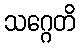
သဂ္ဂေတိ